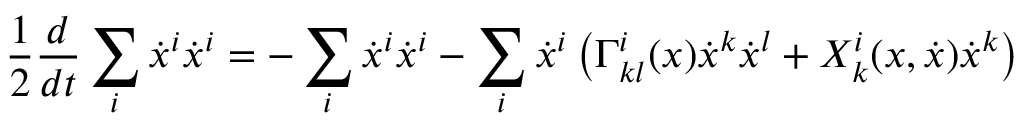
\frac { 1 } { 2 } \frac { d } { d t } \sum _ { i } \dot { x } ^ { i } \dot { x } ^ { i } = - \sum _ { i } \dot { x } ^ { i } \dot { x } ^ { i } - \sum _ { i } \dot { x } ^ { i } \left( \Gamma _ { k l } ^ { i } ( x ) \dot { x } ^ { k } \dot { x } ^ { l } + X _ { k } ^ { i } ( x , \dot { x } ) \dot { x } ^ { k } \right)